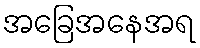
အခြေအနေအရ